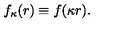
f _ { \kappa } ( r ) \equiv f ( \kappa r ) .